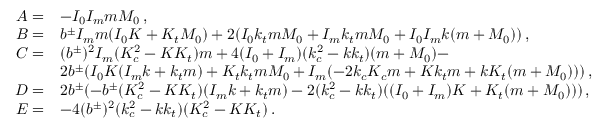
\begin{array} { r l } { A = } & { - I _ { 0 } I _ { m } m M _ { 0 } \, , } \\ { B = } & { b ^ { \pm } I _ { m } m ( I _ { 0 } K + K _ { t } M _ { 0 } ) + 2 ( I _ { 0 } k _ { t } m M _ { 0 } + I _ { m } k _ { t } m M _ { 0 } + I _ { 0 } I _ { m } k ( m + M _ { 0 } ) ) \, , } \\ { C = } & { ( b ^ { \pm } ) ^ { 2 } I _ { m } ( K _ { c } ^ { 2 } - K K _ { t } ) m + 4 ( I _ { 0 } + I _ { m } ) ( k _ { c } ^ { 2 } - k k _ { t } ) ( m + M _ { 0 } ) - } \\ & { 2 b ^ { \pm } ( I _ { 0 } K ( I _ { m } k + k _ { t } m ) + K _ { t } k _ { t } m M _ { 0 } + I _ { m } ( - 2 k _ { c } K _ { c } m + K k _ { t } m + k K _ { t } ( m + M _ { 0 } ) ) ) \, , } \\ { D = } & { 2 b ^ { \pm } ( - b ^ { \pm } ( K _ { c } ^ { 2 } - K K _ { t } ) ( I _ { m } k + k _ { t } m ) - 2 ( k _ { c } ^ { 2 } - k k _ { t } ) ( ( I _ { 0 } + I _ { m } ) K + K _ { t } ( m + M _ { 0 } ) ) ) \, , } \\ { E = } & { - 4 ( b ^ { \pm } ) ^ { 2 } ( k _ { c } ^ { 2 } - k k _ { t } ) ( K _ { c } ^ { 2 } - K K _ { t } ) \, . } \end{array}